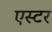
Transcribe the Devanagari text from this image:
एस्‍टर